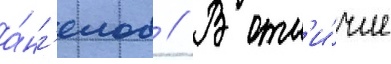
а́нг'елов // В отл'и́чие